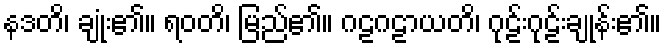
နဒတိ၊ ချုံး၏။ ရဝတိ၊ မြည်၏။ ဂဠဂဠာယတိ၊ ဂုဠ်းဂုဠ်းချုန်း၏။